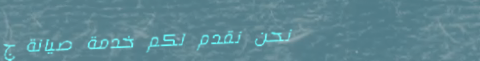
نحن نقدم لكم خدمة صيانة ج